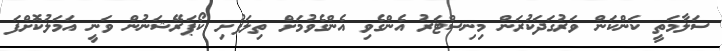
ސަލާމަތީ ކަންކަން ވަރުގަދަކުރަން މިނިސްޓަރު އެންގެވި އެންގެވުމަށް ތިލަފުށި ކޯޕަރޭޝަނުން ވަނީ އަމަލުކޮށްފަ